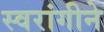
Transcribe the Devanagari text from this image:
स्वरांगीने